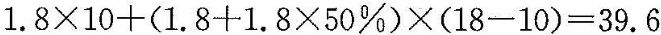
$$1.8\times10+(1.8+1.8\times50\%)\times(18-10)=39.6$$